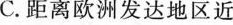
C. 距离欧洲发达地区近